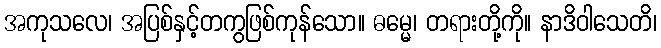
အကုသလေ၊ အပြစ်နှင့်တကွဖြစ်ကုန်သော။ ဓမ္မေ၊ တရားတို့ကို။ နာဒိဝါသေတိ၊